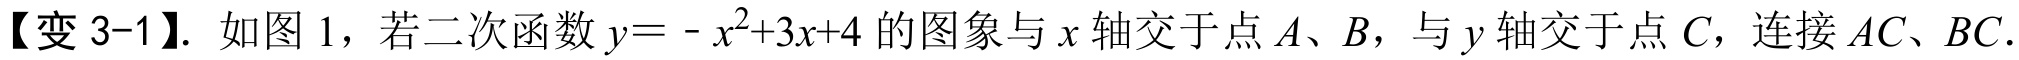
【变 3-1】. 如图 1，若二次函数\(y = - x^{2}+3x + 4\)的图象与\(x\)轴交于点\(A\)、\(B\)，与\(y\)轴交于点\(C\)，连接\(AC\)、\(BC\).